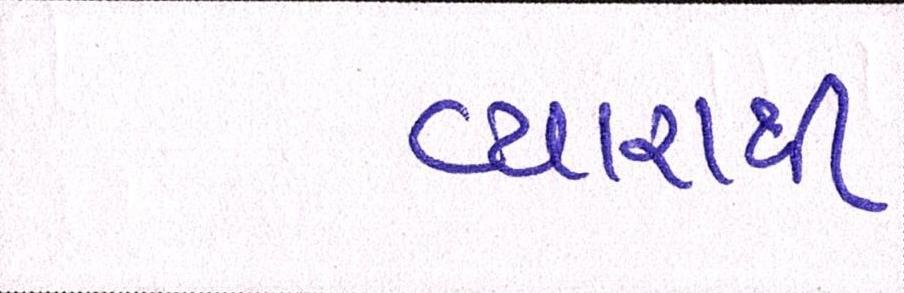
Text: વ્યારાથી